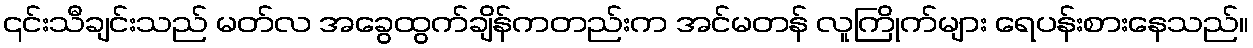
၎င်းသီချင်းသည် မတ်လ အခွေထွက်ချိန်ကတည်းက အင်မတန် လူကြိုက်များ ရေပန်းစားနေသည်။